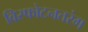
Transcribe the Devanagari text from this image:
विस्फोटनतरंग